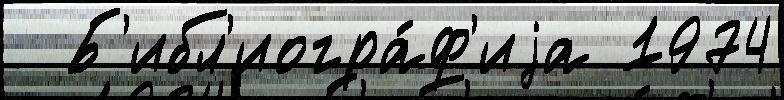
  Б'ибл'иогра́ф'иjа 1974